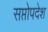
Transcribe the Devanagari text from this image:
सप्तोपदेश